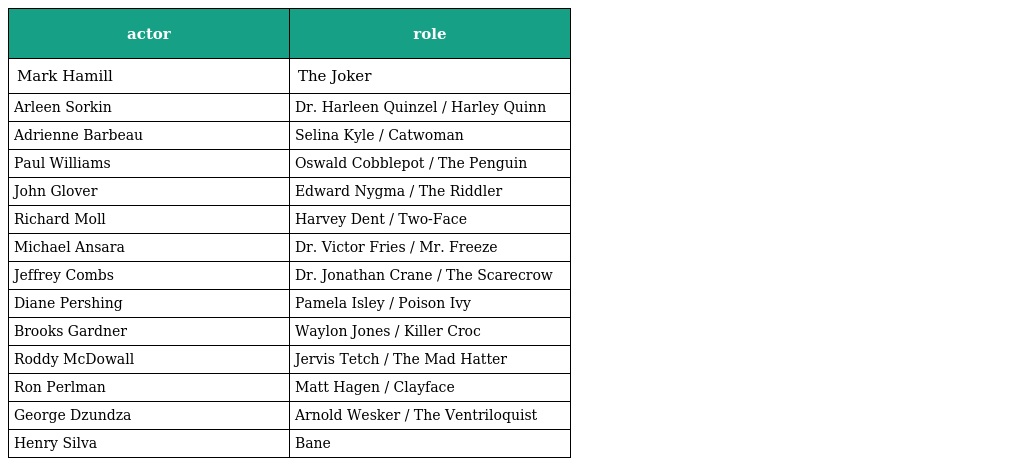
| actor | role |
 | --- | --- |
 | Mark Hamill | The Joker |
 | Arleen Sorkin | Dr. Harleen Quinzel / Harley Quinn |
 | Adrienne Barbeau | Selina Kyle / Catwoman |
 | Paul Williams | Oswald Cobblepot / The Penguin |
 | John Glover | Edward Nygma / The Riddler |
 | Richard Moll | Harvey Dent / Two-Face |
 | Michael Ansara | Dr. Victor Fries / Mr. Freeze |
 | Jeffrey Combs | Dr. Jonathan Crane / The Scarecrow |
 | Diane Pershing | Pamela Isley / Poison Ivy |
 | Brooks Gardner | Waylon Jones / Killer Croc |
 | Roddy McDowall | Jervis Tetch / The Mad Hatter |
 | Ron Perlman | Matt Hagen / Clayface |
 | George Dzundza | Arnold Wesker / The Ventriloquist |
 | Henry Silva | Bane |